Report of the Indian Hemp Drugs Commission, 1894-1895 - Volume IV
Year: 1894
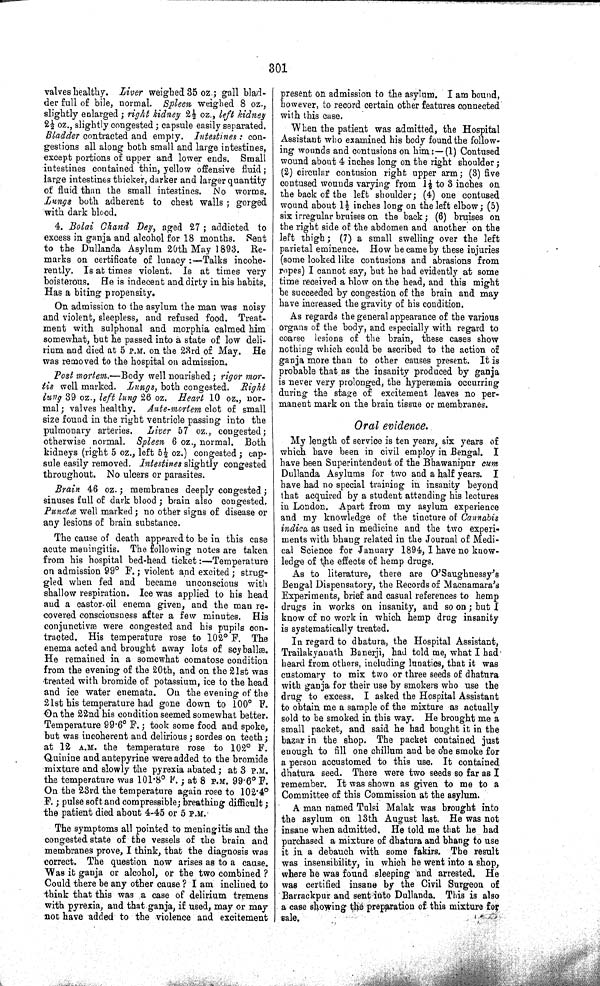
301
valves healthy. Liver weighed 35 oz; gall blad-
der full of bile, normal. Spleen weighed 8 oz.,
slightly enlarged; right kidney 2½ oz., left kidney
2½ oz., slightly congested; capsule easily separated.
Bladder contracted and empty. Intestines: con-
gestions all along both small and large intestines,
except portions of upper and lower ends. Small
intestines contained thin, yellow offensive fluid;
large intestines thicker, darker and larger quantity
of fluid than the small intestines. No worms.
Lungs both adherent to chest walls; gorged
with dark blood.
4. Bolai Chand Dey, aged 27; addicted to
excess in ganja and alcohol for 18 months. Sent
to the Dullanda Asylum 20th May 1893. Re-
marks on certificate of lunacy:—Talks incohe-
rently. Is at times violent. Is at times very
boisterous. He is indecent and dirty in his habits.
Has a biting propensity.
On admission to the asylum the man was noisy
and violent, sleepless, and refused food. Treat-
ment with sulphonal and morphia calmed him
somewhat, but he passed into a state of low deli-
rium and died at 5 P.M. on the 23rd of May. He
was removed to the hospital on admission.
Post mortem.—Body well nourished; rigor mor-
tis well marked. Lungs, both congested. Right
lung 39 oz., left lung 26 oz. Heart 10 oz., nor-
mal; valves healthy. Ante-mortem clot of small
size found in the right ventricle passing into the
pulmonary arteries.
Liver 57 oz., congested;
otherwise normal. Spleen 6 oz., normal. Both
kidneys (right 5 oz., left 5½ oz.) congested; cap-
sule easily removed. Intestines slightly congested
throughout. No ulcers or parasites.
Brain 46 oz.; membranes deeply congested;
sinuses full of dark blood; brain also congested.
Punctœ well marked; no other signs of disease or
any lesions of brain substance.
The cause of death appeared to be in this case
acute meningitis. The following notes are taken
from his hospital bed-head ticket:—Temperature
on admission 99° F.; violent and excited; strug-
gled when fed and became unconscious with
shallow respiration. Ice was applied to his head
and a castor-oil enema given, and the man re-
covered consciousness after a few minutes. His
conjunctivæ were congested and his pupils con-
tracted. His temperature rose to 102° F. The
enema acted and brought away lots of scyballæ.
He remained in a somewhat comatose condition
from the evening of the 20th, and on the 21st was
treated with bromide of potassium, ice to the head
and ice water enemata. On the evening of the
21st his temperature had gone down to 100° F.
On the 22nd his condition seemed somewhat better.
Temperature 99.6° F.; took some food and spoke,
but was incoherent and delirious; sordes on teeth;
at 12 A.M. the temperature rose to 102° F.
Quinine and antepyrine were added to the bromide
mixture and slowly the pyrexia abated; at 3 P.M.
the temperature was 101.8° F.; at 8 P.M. 99.6° F.
On the 23rd the temperature again rose to 102.4°
F.; pulse soft and compressible; breathing difficult;
the patient died about 4-45 or 5 P.M.
The symptoms all pointed to meningitis and the
congested state of the vessels of the brain and
membranes prove, I think, that the diagnosis was
correct. The question now arises as to a cause.
Was it ganja or alcohol, or the two combined ?
Could there be any other cause ? I am inclined to
think that this was a case of delirium tremens
with pyrexia, and that ganja, if used, may or may
not have added to the violence and excitement
present on admission to the asylum. I am bound,
however, to record certain other features connected
with this case.
When the patient was admitted, the Hospital
Assistant who examined his body found the follow-
ing wounds and contusions on him:—(1) Contused
wound about 4 inches long on the right shoulder;
(2) circular contusion right upper arm; (3) five
contused wounds varying from 1½ to 3 inches on
the back of the left shoulder; (4) one contused
wound about 1½ inches long on the left elbow; (5)
six irregular bruises on the back; (6) bruises on
the right side of the abdomen and another on the
left thigh; (7) a small swelling over the left
parietal eminence. How he came by these injuries
(some looked like contusions and abrasions from
ropes) I cannot say, but he had evidently at some
time received a blow on the head, and this might
be succeeded by congestion of the brain and may
have increased the gravity of his condition.
As regards the general appearance of the various
organs of the body, and especially with regard to
coarse lesions of the brain, these cases show
nothing which could be ascribed to the action of
ganja more than to other causes present. It is
probable that as the insanity produced by ganja
is never very prolonged, the hyperæmia occurring
during the stage of excitement leaves no per-
manent mark on the brain tissue or membranes.
Oral evidence.
My length of service is ten years, six years of
which have been in civil employ in Bengal. I
have been Superintendent of the Bhawanipur cum
Dullanda Asylums for two and a half years. I
have had no special training in insanity beyond
that acquired by a student attending his lectures
in London. Apart from my asylum experience
and my knowledge of the tincture of Cannabis
indica as used in medicine and the two experi-
ments with bhang related in the Journal of Medi-
cal Science for January 1894, I have no know-
ledge of the effects of hemp drugs.
As to literature, there are O'Saughnessy's
Bengal Dispensatory, the Records of Macnamara's
Experiments, brief and casual references to hemp
drugs in works on insanity, and so on; but I
know of no work in which hemp drug insanity
is systematically treated.
In regard to dhatura, the Hospital Assistant,
Trailakyanath Banerji, had told me, what I had
heard from others, including lunatics, that it was
customary to mix two or three seeds of dhatura
with ganja for their use by smokers who use the
drug to excess. I asked the Hospital Assistant
to obtain me a sample of the mixture as actually
sold to be smoked in this way. He brought me a
small packet, and said he had bought it in the
bazar in the shop. The packet contained just
enough to fill one chillum and be one smoke for
a person accustomed to this use. It contained
dhatura seed. There were two seeds so far as I
remember. It was shown as given to me to a
Committee of this Commission at the asylum.
A man named Tulsi Malak was brought into
the asylum on 13th August last. He was not
insane when admitted. He told me that he had
purchased a mixture of dhatura and bhang to use
it in a debauch with some fakirs. The result
was insensibility, in which he went into a shop,
where he was found sleeping and arrested. He
was certified insane by the Civil Surgeon of
Barrackpur and sent into Dullanda. This is also
a case showing the preparation of this mixture for
sale.